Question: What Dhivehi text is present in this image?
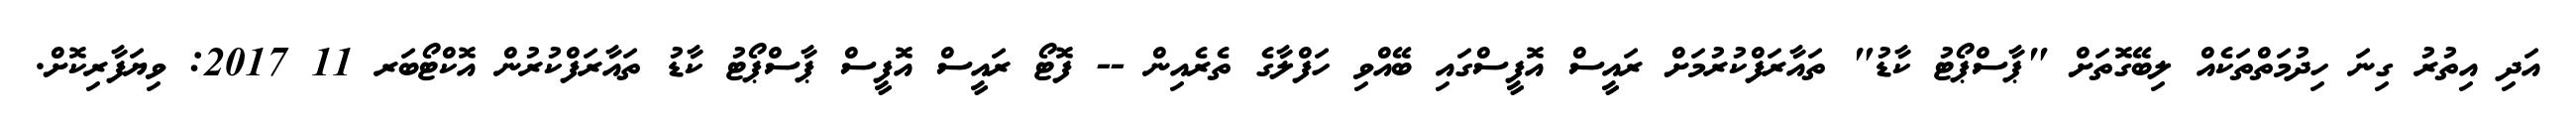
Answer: އަދި އިތުރު ގިނަ ހިދުމަތްތަކެއް ލިބޭގޮތަށް "ޕާސްޕޯޓު ކާޑު" ތައާރަފްކުރުމަށް ރައީސް އޮފީސްގައި ބޭއްވި ހަފްލާގެ ތެރެއިން -- ފޮޓޯ ރައީސް އޮފީސް ޕާސްޕޯޓު ކާޑު ތައާރަފްކުރުން އޮކްޓޯބަރ 11 2017: ވިޔަފާރިކޮށް.